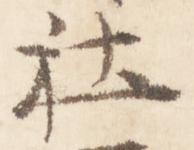
社